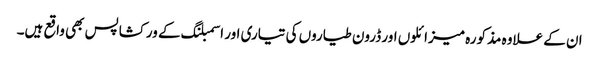
ان کے علاوہ مذکورہ میزائلوں اور ڈرون طیاروں کی تیاری اور اسمبلنگ کے ورکشاپس بھی واقع ہیں۔